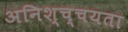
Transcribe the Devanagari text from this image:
अनिश्च्चयता